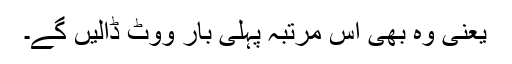
یعنی وہ بھی اس مرتبہ پہلی بار ووٹ ڈالیں گے۔